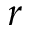
r